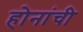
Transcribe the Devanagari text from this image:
होनांची